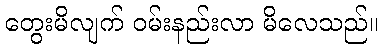
တွေးမိလျက် ဝမ်းနည်းလာ မိလေသည်။